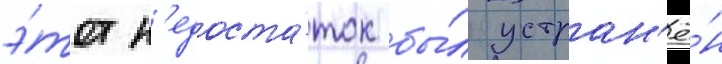
э́тот н'едоста́ток бы́л устран'ё́н